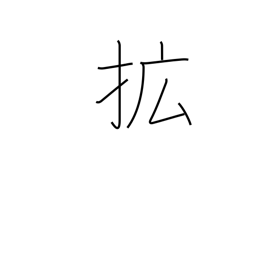
Meaning: extend